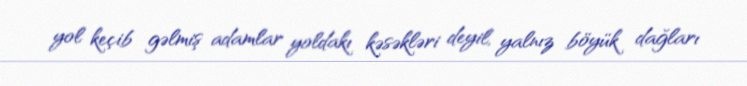
yol keçib gəlmiş adamlar yoldakı kəsəkləri deyil, yalnız böyük dağları